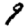
Digit: 9